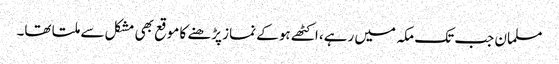
مسلمان جب تک مکہ میں رہے، اکٹھے ہو کے نماز پڑھنے کا موقع بھی مشکل سے ملتا تھا۔